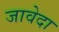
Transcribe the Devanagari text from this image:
जावेदा